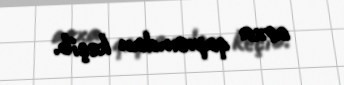
arxa qapısından keçib.